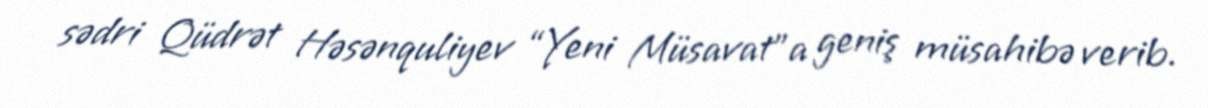
sədri Qüdrət Həsənquliyev “Yeni Müsavat”a geniş müsahibə verib.